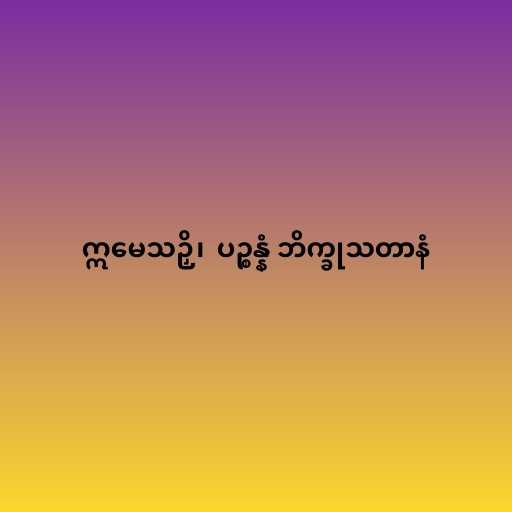
ဣမေသဉှိ၊  ပဉ္စန္နံ ဘိက္ခုသတာနံ